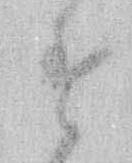
す